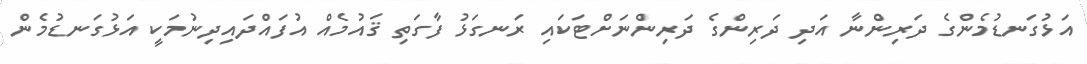
އަޅުގަނޑުމެންގެ ދަރިންނާ އަދި ދަރިންގެ ދަރިންނަށްޓަކައި ރަނގަޅު ފާގަތި ޤައުމެއް އުފައްދައިދިނުމަކީ އަޅުގަނޑުމެން